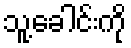
သူ့ခေါင်းကို